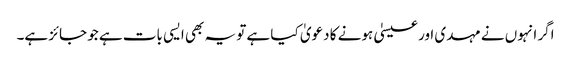
اگر انہوں نے مہدی اور عیسیٰ ہونے کا دعویٰ کیا ہے تو یہ بھی ایسی بات ہے جو جائز ہے۔